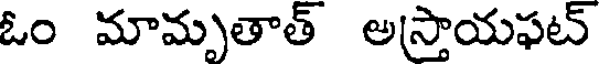
ఓం మామృతాత్ అస్తాయఫట్